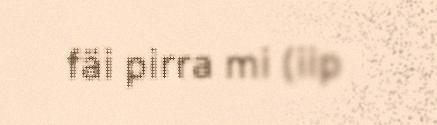
fäi pirra mi (iip